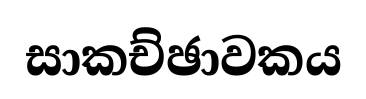
සාකච්ඡාවකය